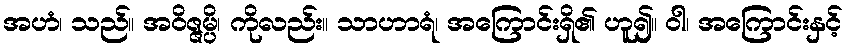
အဟံ၊ သည်။ အဝိဇ္ဇမ္ပိ၊ ကိုလည်း။ သာဟာရံ၊ အကြောင်းရှိ၏ ဟူ၍။ ဝါ၊ အကြောင်းနှင့်